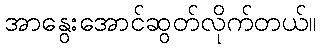
အာနွေးအောင်ဆွတ်လိုက်တယ်။